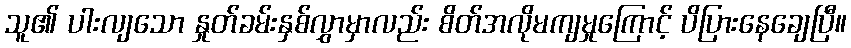
သူ၏ ပါးလျသော နှုတ်ခမ်းနှစ်လွှာမှာလည်း စိတ်အလိုမကျမှုကြောင့် ပိပြားနေချေပြီ။